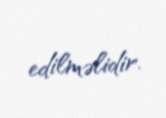
edilməlidir.